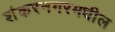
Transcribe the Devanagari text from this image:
शंकरनगरमधील